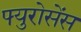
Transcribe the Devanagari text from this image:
फ्युरोसेंस